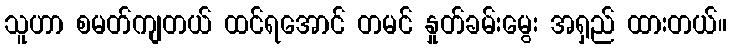
သူဟာ စမတ်ကျတယ် ထင်ရအောင် တမင် နှုတ်ခမ်းမွေး အရှည် ထားတယ်။